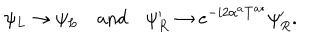
\psi _ { L } \to \psi _ { L } \quad \mathrm { a n d } \quad \psi _ { R } ^ { \prime } \to e ^ { - i 2 \alpha ^ { a } T ^ { a * } } \psi _ { R } ^ { \prime } .